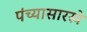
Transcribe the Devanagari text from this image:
पंच्यासारखे